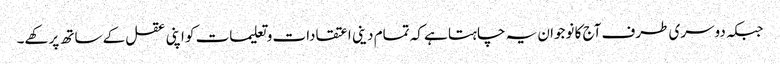
جبکہ دوسری طرف آج کا نوجوان یہ چاہتا ہے کہ تمام دینی اعتقادات و تعلیمات کو اپنی عقل کے ساتھ پرکھے۔